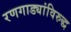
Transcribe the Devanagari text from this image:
रणगाड्यांविरुद्ध